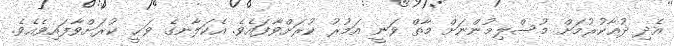
އެދި ދުޢާކުރުމަށް މުސްލިމުންނަށް މާތް ވަނީ އަމުރު ކުރަށްވާފައެވެ. އެކަލާނގެ ވަޙީ ކުރަށްވާފައިވެއެވެ.